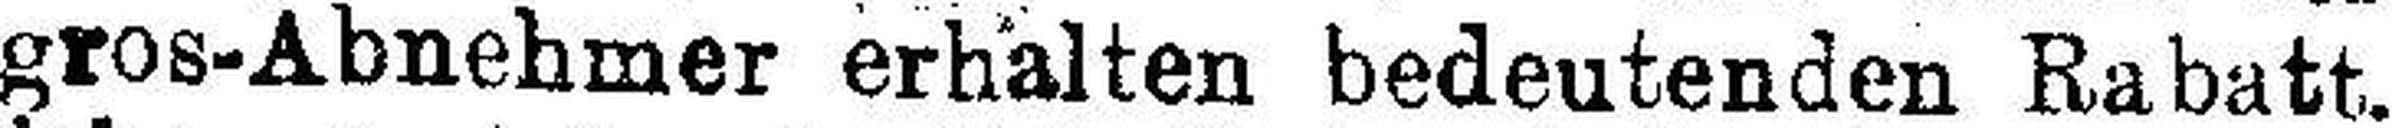
gros-Abnehmer erhalten bedeutenden Rabatt.